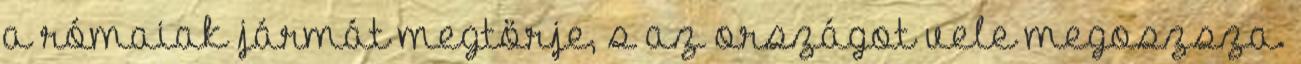
a rómaiak jármát megtörje, s az országot vele megoszsza.